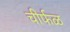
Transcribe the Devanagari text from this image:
चीर्फळ